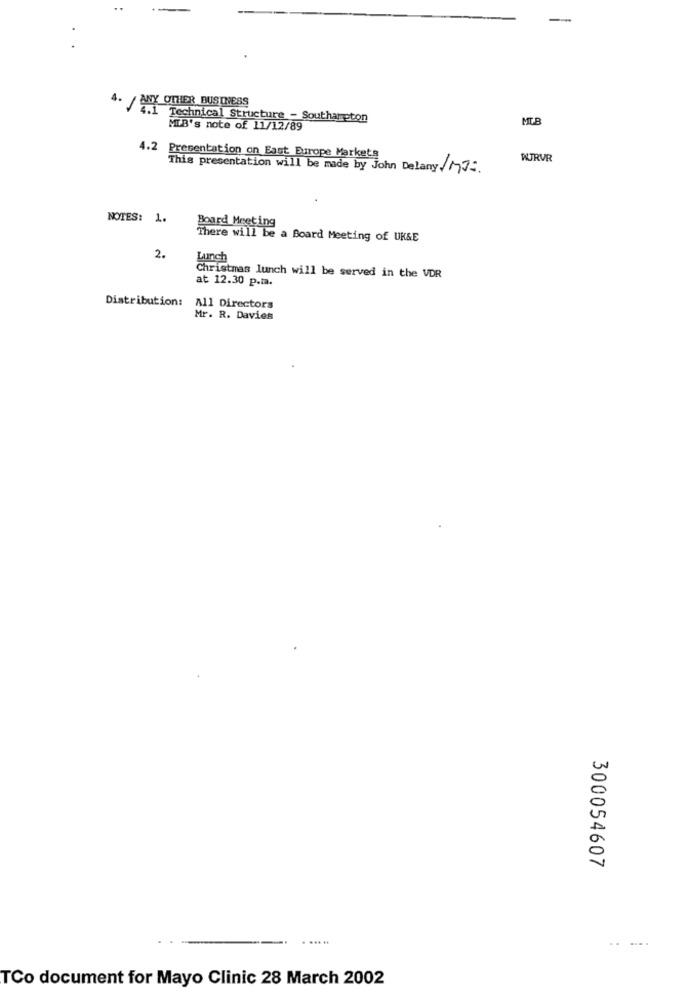
4. / ANY OTHER BUSINESS
Technical Structure - Southampton
MTB
MTB's note of 11/12/89
4.2 Presentation on East Europe Markets
WURVR
This presentation will be made by John Delany/M77.
NOTES: 1.
Board Meeting
There will be a Board Meeting of UK&E
2.
Lunch
Christmas lunch will be served in the VDR
at 12.30 p.m.
Distribution:
All Directors
Mr. R. Davies
300054607
TCo document for Mayo Clinic 28 March 2002